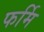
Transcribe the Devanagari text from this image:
फर्मि